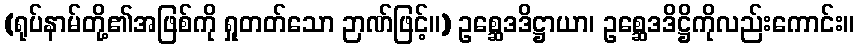
(ရုပ်နာမ်တို့၏အဖြစ်ကို ရှုတတ်သော ဉာဏ်ဖြင့်။) ဥစ္ဆေဒဒိဋ္ဌာယာ၊ ဥစ္ဆေဒဒိဋ္ဌိကိုလည်းကောင်း။